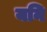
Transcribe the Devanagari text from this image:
यनि